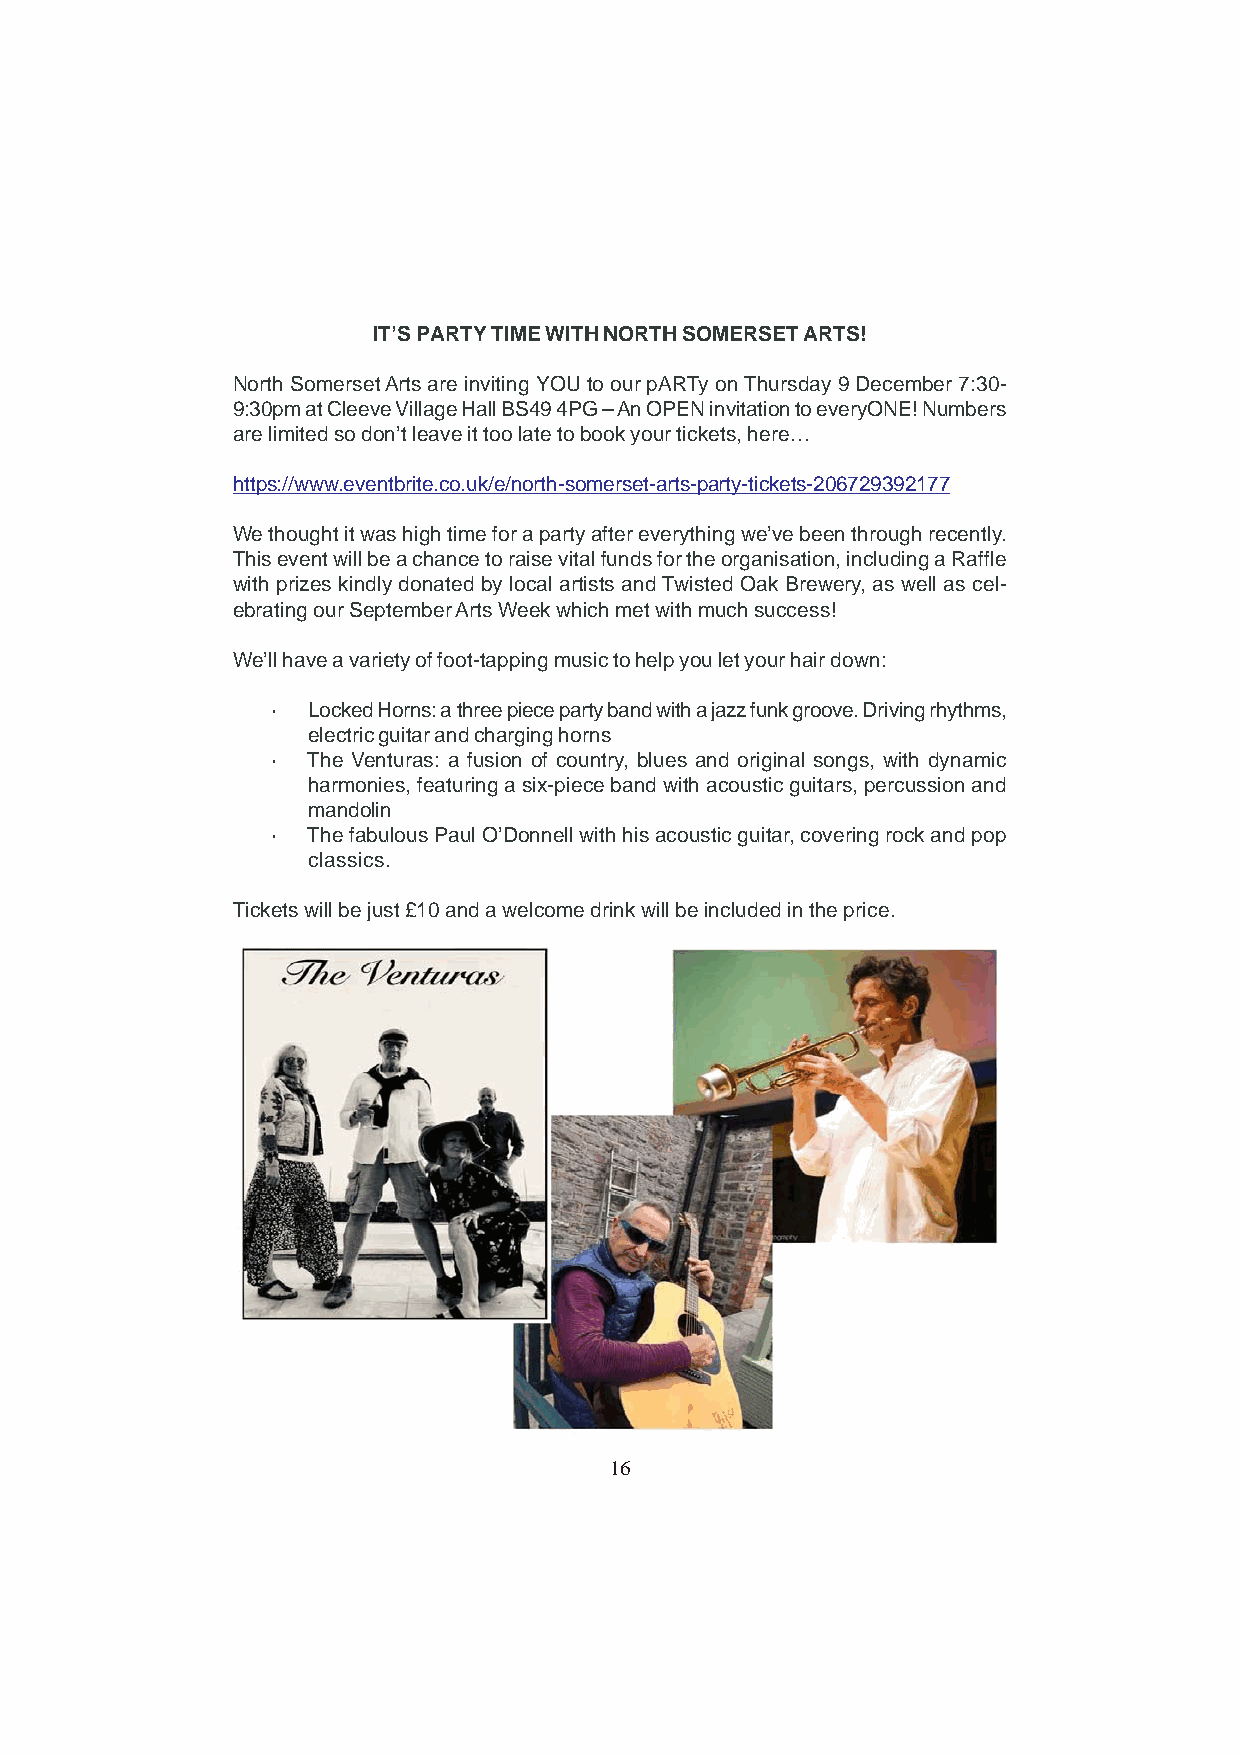
IT’S PARTY TIME WITH NORTH SOMERSET ARTS!
 North Somerset Arts are inviting YOU to our pARTy on Thursday 9 December 7:30-
 9:30pm at Cleeve Village Hall BS49 4PG – An OPEN invitation to everyONE! Numbers
 are limited so don’t leave it too late to book your tickets, here…
 https://www.eventbrite.co.uk/e/north-somerset-arts-party-tickets-206729392177
 We thought it was high time for a party after everything we’ve been through recently.
 This event will be a chance to raise vital funds for the organisation, including a Raffle
 with prizes kindly donated by local artists and Twisted Oak Brewery, as well as cel-
 ebrating our September Arts Week which met with much success!
 We’ll have a variety of foot-tapping music to help you let your hair down:
 · Locked Horns: a three piece party band with a jazz funk groove. Driving rhythms,
 electric guitar and charging horns
 · The Venturas: a fusion of country, blues and original songs, with dynamic
 harmonies, featuring a six-piece band with acoustic guitars, percussion and
 mandolin
 · The fabulous Paul O’Donnell with his acoustic guitar, covering rock and pop
 classics.
 Tickets will be just £10 and a welcome drink will be included in the price.
 16